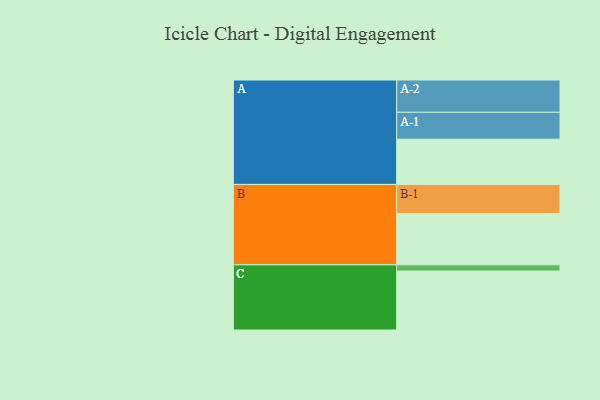
{"axis": {"x": "Segment", "y": "Value"}, "legend": ["", "A", "B", "C"], "data": [{"x": "A", "y": 363, "type": ""}, {"x": "B", "y": 411, "type": ""}, {"x": "C", "y": 473, "type": ""}, {"x": "A-1", "y": 216, "type": "A"}, {"x": "A-2", "y": 259, "type": "A"}, {"x": "B-1", "y": 234, "type": "B"}, {"x": "C-1", "y": 50, "type": "C"}]}